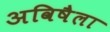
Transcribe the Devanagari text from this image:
अविषैला